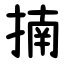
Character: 揇